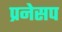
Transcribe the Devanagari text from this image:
प्रनेसप